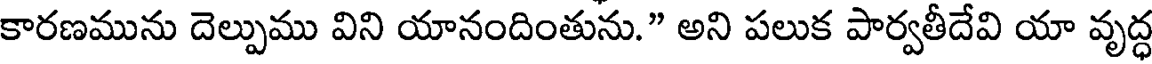
కారణమును దెల్పుము విని యానందింతును." అని పలుక పార్వతీదేవి యా వృద్ధ